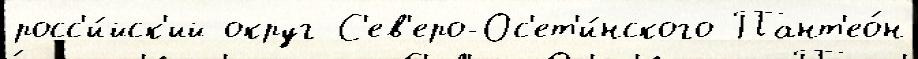
росс'и́йск'ий округ С'ев'еро-Ос'ет'и́нского Пант'ео́н